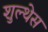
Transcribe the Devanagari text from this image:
शुल्थेस